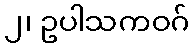
၂၊ ဥပါသကဝဂ်